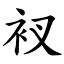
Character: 衩